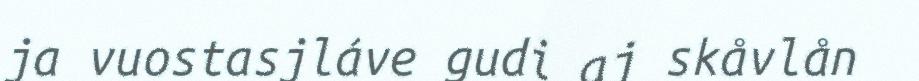
ja vuostasjláve gudi aj skåvlån